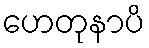
ဟေတုနာပိ